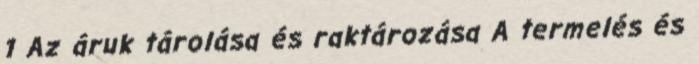
1 Az áruk tárolása és raktározása A termelés és